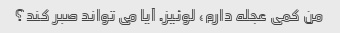
من کمی عجله دارم، لوئیز. آیا می تواند صبر کند؟